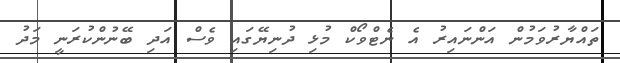
ތައްޔާރުވަމުން އަންނައިރު އެ ނެޓްވޯކް މުޅި ދުނިޔޭގައި ވެސް އަދި ބޭނުންކުރަނީ މަދު